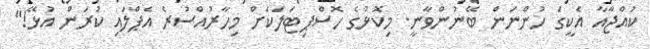
ކުއްޖާއާ އެކީގަ ހުންނަން ބޭނުންވާނީ. މިކޮޅުގެ ހޮސްޕިޓަލަކަށް މިހާރުއްސުރެ އެޕްލައި ކުރަން އުޅޭ!"